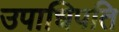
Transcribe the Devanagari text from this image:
उपाधिपति